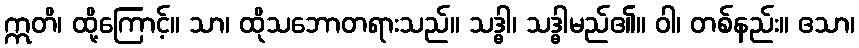
ဣတိ၊ ထို့ကြောင့်။ သာ၊ ထိုသဘောတရားသည်။ သဒ္ဓါ၊ သဒ္ဓါမည်၏။ ဝါ၊ တစ်နည်း။ ဧသာ၊